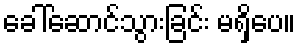
ခေါ်ဆောင်သွားခြင်း မရှိပေ။